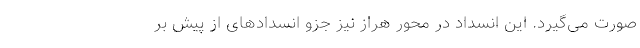
صورت می‌گیرد. این انسداد در محور هراز نیز جزو انسدادهای از پیش بر